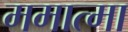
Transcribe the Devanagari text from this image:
ममात्मा